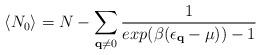
LaTeX: \begin{align*}\langle N_{0} \rangle = N - \sum_{ {\bf{q}} \neq 0 } \frac{1}{exp(\beta(\epsilon_{ {\bf{q}} }-\mu)) - 1}\end{align*}